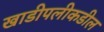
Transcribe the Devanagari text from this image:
खाडीपलीकडील